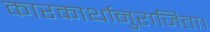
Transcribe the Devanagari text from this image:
कारकार्थानुराजिता।